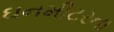
ઘનમીટરના